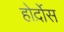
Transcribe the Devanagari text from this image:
होर्द़ोस